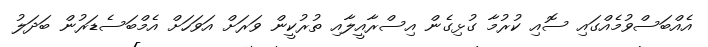
އެއްބަސްވުމެއްގައި ސޮއި ކުރުމާ ގުޅިގެން އިސްރާއީލާއި ތުރުކީން ވަރަށް އަވަހަށް އެމްބަސެޑަރުން ބަދަލު